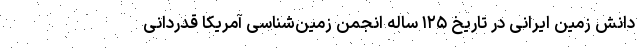
دانش زمین ایرانی در تاریخ ۱۲۵ ساله انجمن زمین‌شناسی آمریکا قدردانی